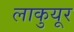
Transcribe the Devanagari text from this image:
लाकुयूर